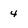
Character: 4